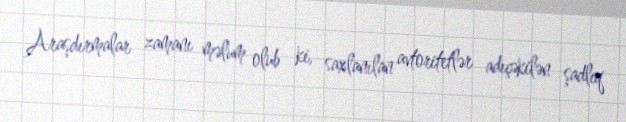
Araşdırmalar zamanı məlum olub ki, saxlanılan avtoritetlər adıçəkilən şadlıq